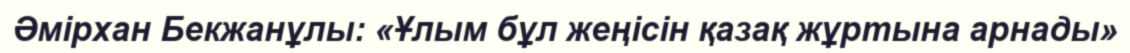
Әмірхан Бекжанұлы: «Ұлым бұл жеңісін қазақ жұртына арнады»